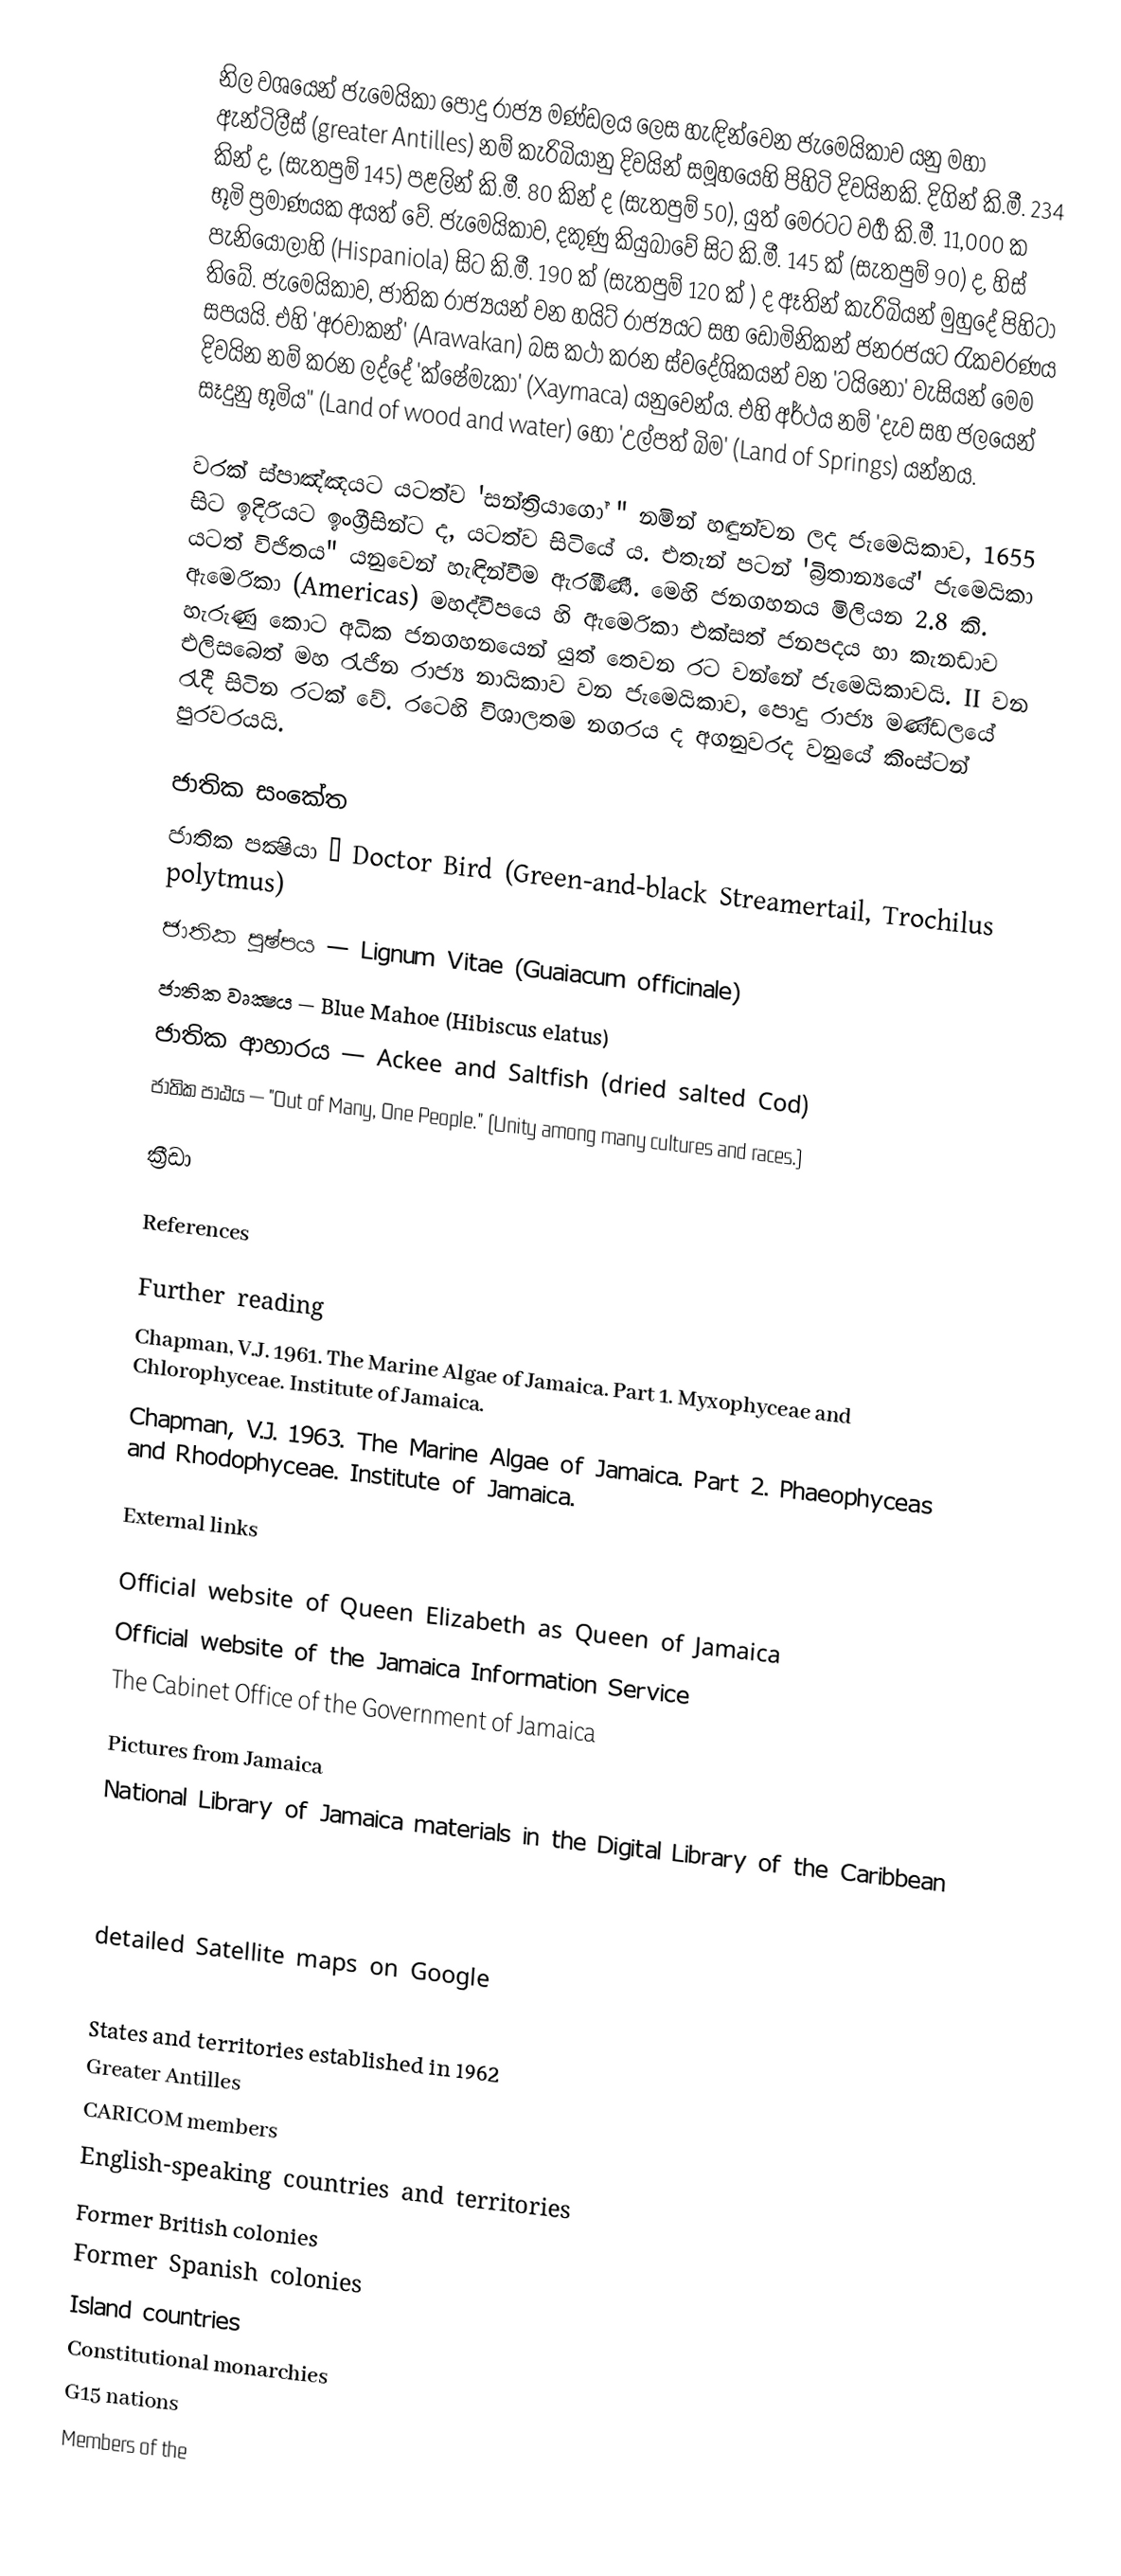
නිල වශයෙන් ජැමෙයිකා පොදු රාජ්‍ය මණ්ඩලය ලෙස හැඳින්වෙන ජැමෙයිකාව යනු මහා ඇන්ටිලීස් (greater Antilles) නම් කැරිබියානු දිවයින් සමූහයෙහි පිහිටි දිවයි‍නකි. දිගින් කි.‍මී. 234 කින් ද, (සැතපුම් 145) පළලින් කි.මී. 80 කින් ද (සැතපුම් 50), යුත් මෙරටට වර්‍ග කි.මී. 11,000 ක භූමි ප්‍රමාණයක අයත් වේ. ජැමෙයිකාව, දකුණු කියුබාවේ සිට කි.මී. 145 ක් (සැතපුම් 90) ද, හිස් පැනියෝලාහි (Hispaniola) සිට කි.මී. 190 ක් (සැතපුම් 120 ක් ) ද ඈතින් කැරිබියන් මුහුදේ පිහිටා තිබේ. ජැමෙයිකාව, ජාතික රාජ්‍යයන් වන හයිට් රාජ්‍යයට සහ ඩොමිනිකන් ජනරජයට රැකවරණය සපයයි. එහි 'අරවාකන්' (Arawakan) බස කථා කරන ස්වදේශිකයන් වන 'ටයිනෝ' වැසියන්  මෙම දිවයින නම් කරන ලද්දේ 'ක්ෂේමැකා' (Xaymaca) යනුවෙන්ය. එහි අර්ථය නම් 'දැව සහ ජලයෙන් සෑදුනු භූමිය" (Land of wood and water) හෝ 'උල්පත් බිම'  (Land of Springs) යන්නය.

වරක් ස්පාඤ්ඤයට යටත්ව 'සන්ත්‍රියාගෝ " නමින් හඳුන්වන ලද ජැමෙයිකාව, 1655 සිට ඉදිරියට ඉංග්‍රීසින්ට ද, යටත්ව සිටියේ ය. එතැන් පටන් 'බ්‍රිතාන්‍යයේ' ජැමෙයිකා යටත් විජිතය" යනුවෙන් හැඳින්වීම ඇරඹිණී. මෙහි ජනගහනය මිලියන 2.8 කි. ඇමෙරිකා (Americas) මහද්වීපයෙ හි ඇමෙරිකා එක්සත් ජනපදය හා කැනඩාව හැරුණු කොට අධික ජනගහනයෙන් යුත් තෙවන රට වන්නේ ජැමෙයිකාවයි. II වන එලිසබෙත් මහ රැජින රාජ්‍ය නායිකාව වන ජැමෙයිකාව, පොදු රාජ්‍ය මණ්ඩලයේ රැදී සිටින රටක් වේ. රටෙහි විශාලතම නගරය ද අගනුවරද වනුයේ කිංස්ටන් පුරවරයයි.

ජාතික සංකේත
 ජාතික පක්‍ෂියා — Doctor Bird (Green-and-black Streamertail, Trochilus polytmus)
 ජාතික පුෂ්පය — Lignum Vitae (Guaiacum officinale)
 ජාතික වෘක්‍ෂය — Blue Mahoe (Hibiscus elatus)
 ජාතික ආහාරය — Ackee and Saltfish (dried salted Cod)
 ජාතික පාඨය — "Out of Many, One People." (Unity among many cultures and races.)

ක්‍රීඩා

References

Further reading
 Chapman, V.J. 1961. The Marine Algae of Jamaica. Part 1. Myxophyceae and Chlorophyceae. Institute of Jamaica.
 Chapman, V.J. 1963. The Marine Algae of Jamaica. Part 2. Phaeophyceas and Rhodophyceae. Institute of Jamaica.

External links

 Official website of Queen Elizabeth as Queen of Jamaica
 Official website of the Jamaica Information Service
 The Cabinet Office of the Government of Jamaica

 Pictures from Jamaica
 National Library of Jamaica materials in the Digital Library of the Caribbean

 detailed Satellite maps on Google

States and territories established in 1962
Greater Antilles
CARICOM members
English-speaking countries and territories
Former British colonies
Former Spanish colonies
Island countries
Constitutional monarchies
G15 nations
Members of the